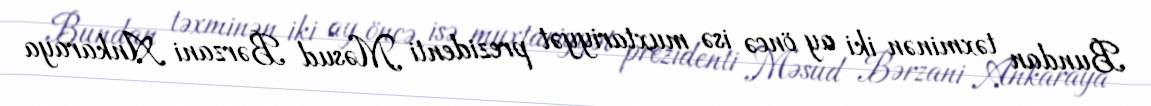
Bundan təxminən iki ay öncə isə muxtariyyət prezidenti Məsud Bərzani Ankaraya